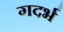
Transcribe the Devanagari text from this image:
गदर्भ